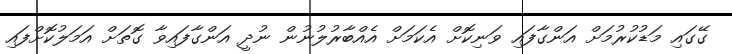
ގޭގައި މަޑުކުރުމަށް އަންގާފައި ވަނިކޮށް އެކަމަށް އެއްބާރުލުނުން ނުދީ އަންގާފައިވާ ގޮތަށް އަމަލުކޮށްފައި